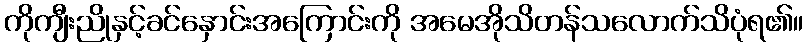
ကိုကျီးညိုနှင့်ခင်နှောင်းအကြောင်းကို အမေအိုသိတန်သလောက်သိပုံရ၏။